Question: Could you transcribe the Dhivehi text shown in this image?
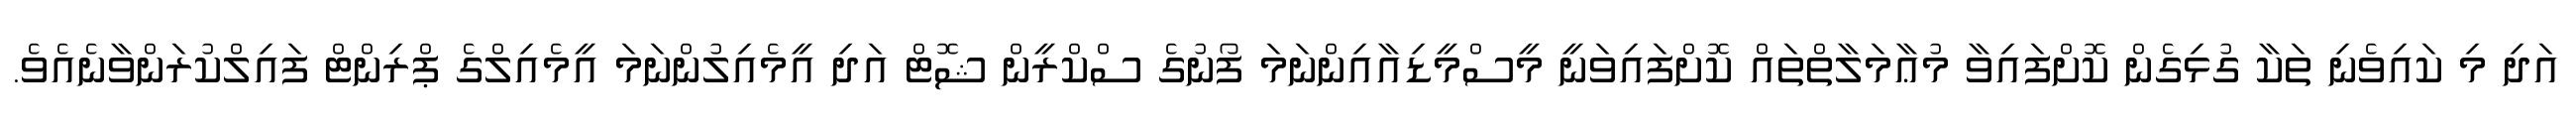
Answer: އަދި މި ކައިވެނި ތަކާ ގުޅިގެން ކޮށްފައިވާ މުޢާމަލާތްތައް ކޮށްފައިވަނީ މީސްމީޑިއާއިންނަމަ ފޯނުގެ ސްކްރީން ޝޮޓް އަދި އީމެއިލުންނަމަ އީމެއިލްގެ ޕްރިންޓް ފައިލްކުރަންވާނެއެވެ.